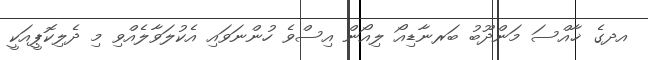
އދގެ ޚާއްސަ މަންދޫބު ބަރނާޑިއޯ ލިއޯން އިސްވެ ހުންނަވައި އެކުލަވާލެއްވި މި ދެލިކޮޕީއަކީ